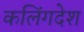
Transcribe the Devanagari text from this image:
कलिंगदेश